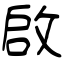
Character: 啟